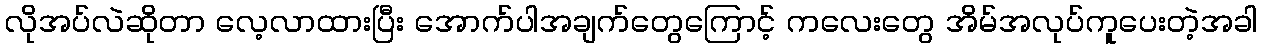
လိုအပ်လဲဆိုတာ လေ့လာထားပြီး အောက်ပါအချက်တွေကြောင့် ကလေးတွေ အိမ်အလုပ်ကူပေးတဲ့အခါ